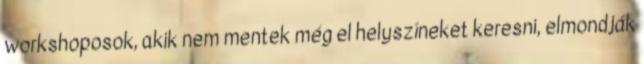
workshoposok, akik nem mentek még el helyszíneket keresni, elmondják